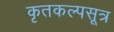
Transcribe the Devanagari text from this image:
कृतकल्पसूत्र